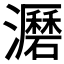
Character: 𤃹